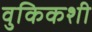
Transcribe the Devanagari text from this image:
वुकिकशी